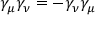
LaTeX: \gamma _ { \mu } \gamma _ { \nu } = - \gamma _ { \nu } \gamma _ { \mu }